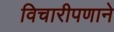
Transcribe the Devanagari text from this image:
विचारीपणाने